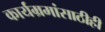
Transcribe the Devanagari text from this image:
कार्यम्रमांसाठीही